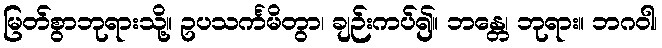
မြတ်စွာဘုရားသို့။ ဥပသင်္ကမိတွာ၊ ချဉ်းကပ်၍။ ဘန္တေ၊ ဘုရား။ ဘဂဝါ၊